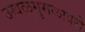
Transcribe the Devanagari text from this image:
उखळमुसळावरी